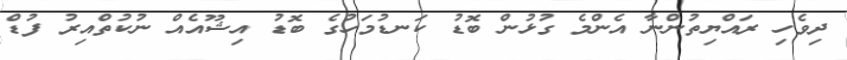
ދިވެހި ރައްޔިތުންނާ އެންމެ ގުޅުން ބޮޑު ކަނޑުމަހުގެ ބޮޑު އިޝޫއެއް ނުކުތްއިރު ފުޑް